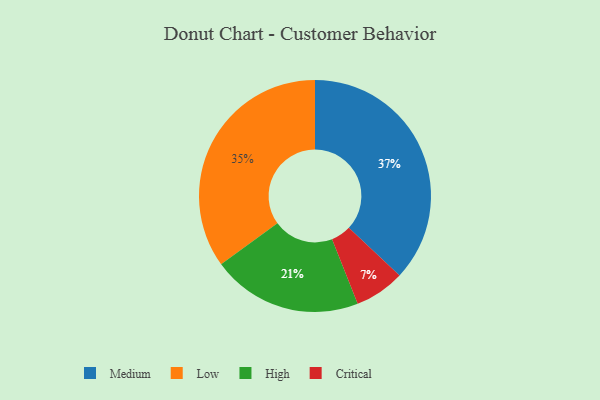
{"axis": {"x": "Category", "y": "Percentage"}, "legend": ["Critical", "High", "Low", "Medium"], "data": [{"x": "High", "y": 21, "type": "High"}, {"x": "Critical", "y": 7, "type": "Critical"}, {"x": "Low", "y": 35, "type": "Low"}, {"x": "Medium", "y": 37, "type": "Medium"}]}